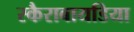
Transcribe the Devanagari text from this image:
स्कैराबायडिया